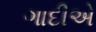
ગાદીએ